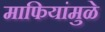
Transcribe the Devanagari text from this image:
माफियांमुळे